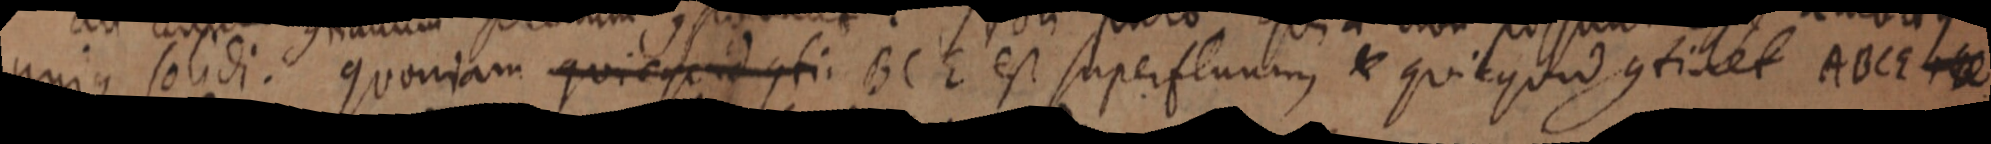
unique solidi. quoniam quicquid conti BCE est superfluum, _ quicquod continet ABCE _